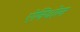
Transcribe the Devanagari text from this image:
ऐनिथोल